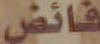
فائض